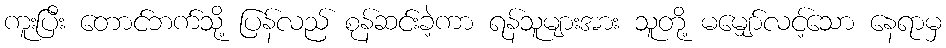
ကူးပြီး တောင်ဘက်သို့ ပြန်လည် စုန်ဆင်းခဲ့ကာ ရန်သူများအား သူတို့ မမျှော်လင့်သော နေရာမှ